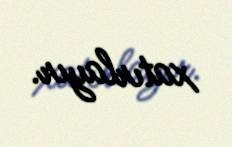
xatırlayır.